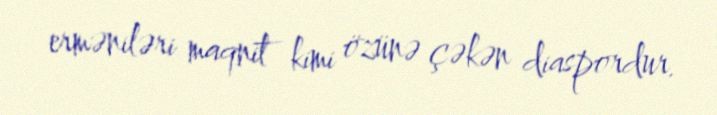
erməniləri maqnit kimi özünə çəkən diaspordur.